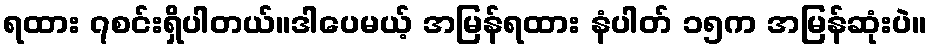
ရထား ၇စင်းရှိပါတယ်။ဒါပေမယ့် အမြန်ရထား နံပါတ် ၁၅က အမြန်ဆုံးပဲ။